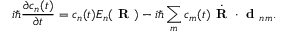
i \hbar \frac { \partial c _ { n } ( t ) } { \partial t } = c _ { n } ( t ) E _ { n } ( \textbf { R } ) - i \hbar \sum _ { m } c _ { m } ( t ) \dot { \textbf { R } } \cdot \textbf { d } _ { n m } .